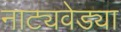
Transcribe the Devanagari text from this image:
नाट्यवेड्या